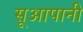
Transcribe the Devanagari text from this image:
सूआपानी